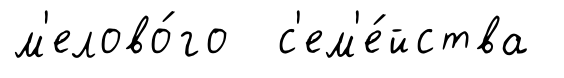
м'елово́го с'ем'е́йства